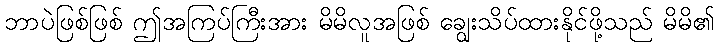
ဘာပဲဖြစ်ဖြစ် ဤအကြပ်ကြီးအား မိမိလူအဖြစ် ချွေးသိပ်ထားနိုင်ဖို့သည် မိမိ၏